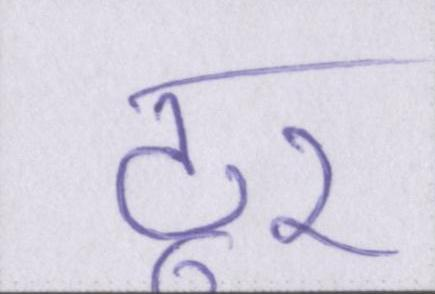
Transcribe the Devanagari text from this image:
टूर